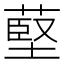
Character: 𦸃